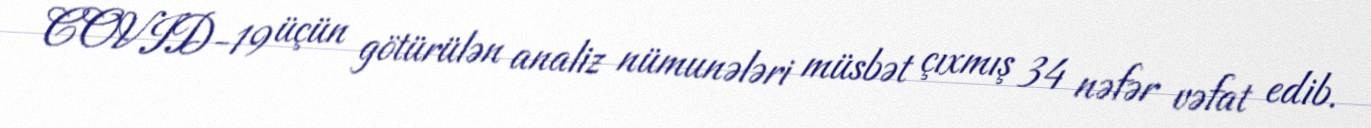
COVID-19 üçün götürülən analiz nümunələri müsbət çıxmış 34 nəfər vəfat edib.